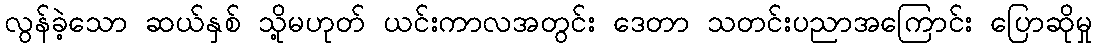
လွန်ခဲ့သော ဆယ်နှစ် သို့မဟုတ် ယင်းကာလအတွင်း ဒေတာ သတင်းပညာအကြောင်း ပြောဆိုမှု